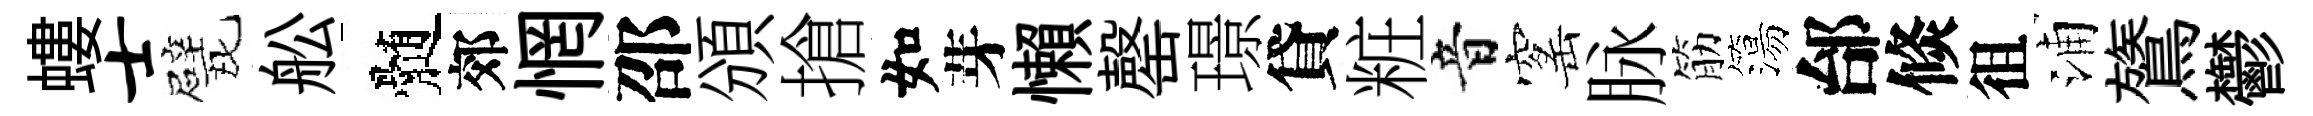
螻士戏舩髄郊惘邵頒搶如芽懶罄璟貸粧音窰脉筋簜邰倐徂浦鷟鬱